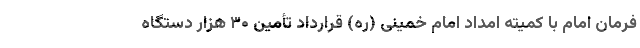
فرمان امام با کمیته امداد امام خمینی (ره) قرارداد تأمین ۳۰ هزار دستگاه